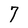
Character: 7